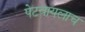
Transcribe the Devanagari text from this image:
पेटवायलाच